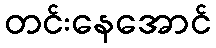
တင်းနေအောင်